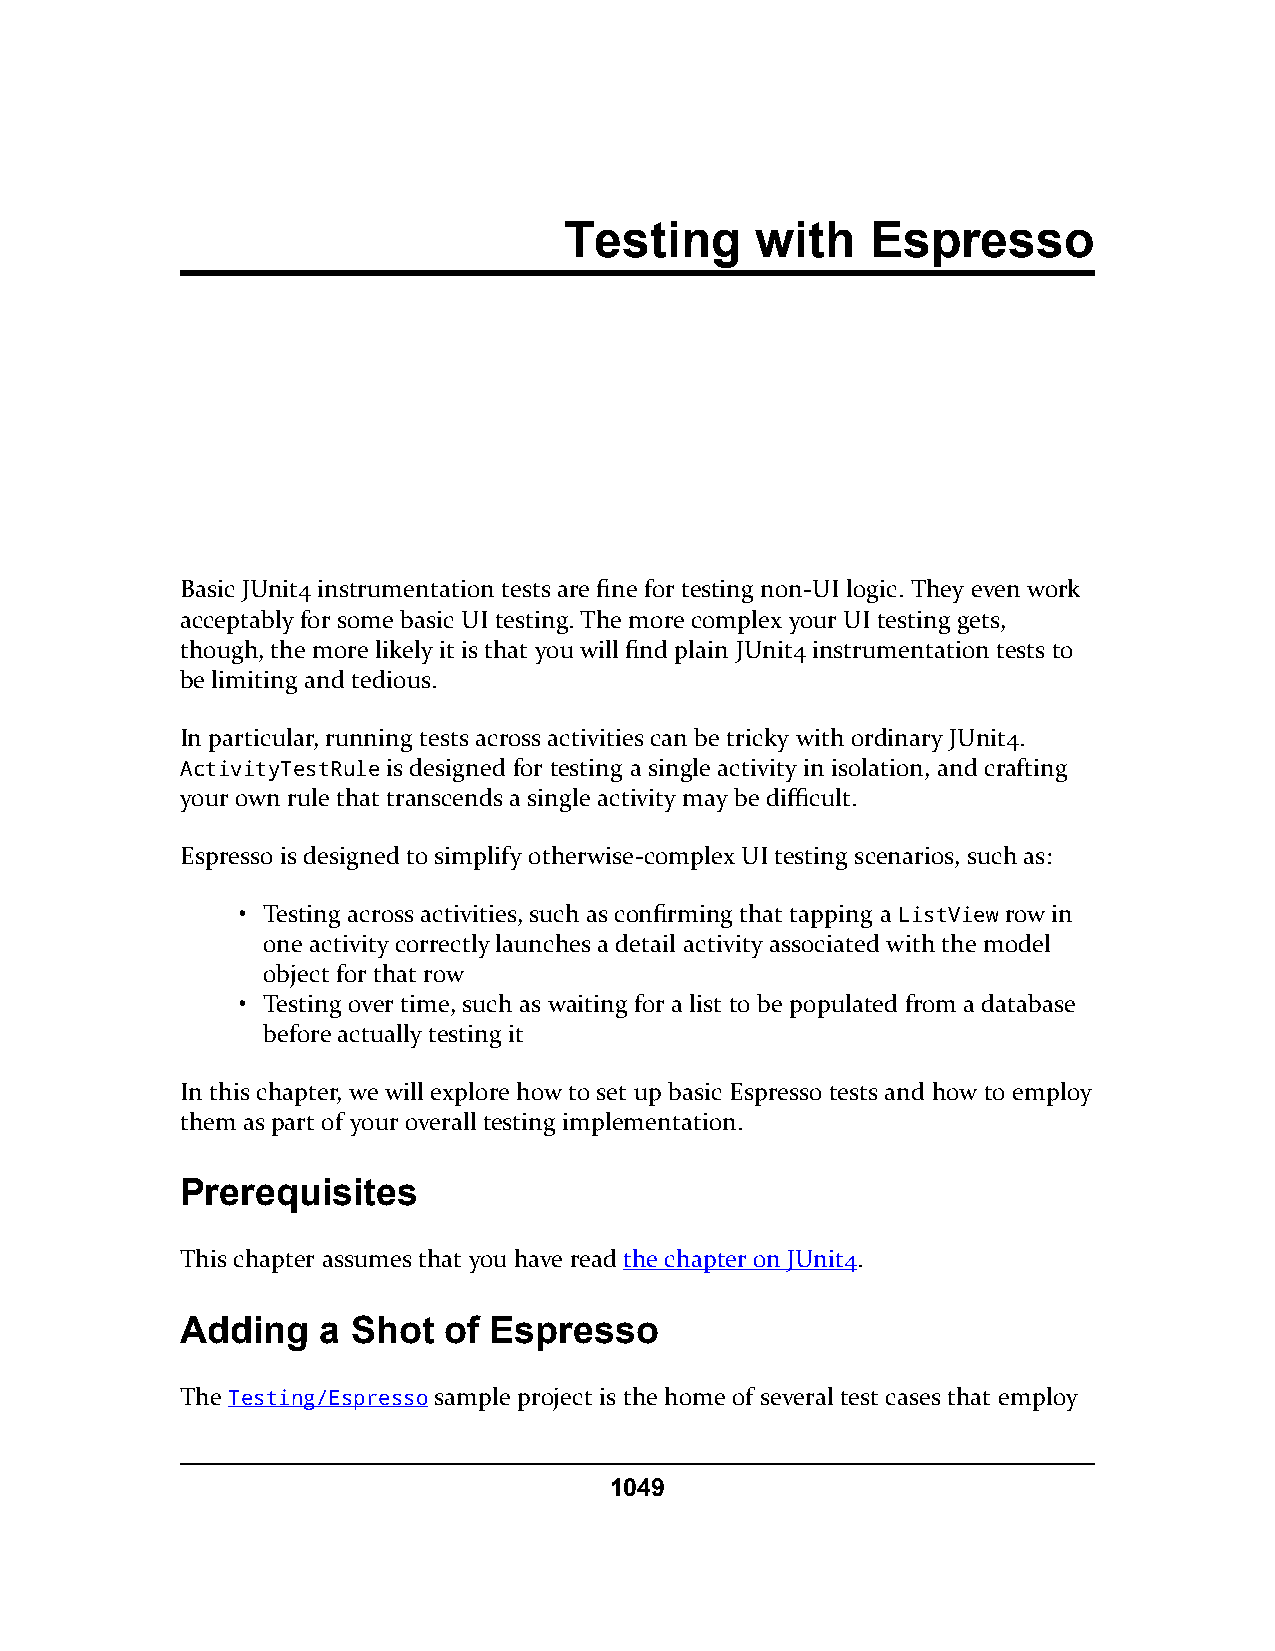
Testing      with    Espresso
 Basic JUnit4 instrumentation tests are fine for testing non-UI logic. They even work
 acceptably for some basic UI testing. The more complex your UI testing gets,
 though, the more likely it is that you will find plain JUnit4 instrumentation tests to
 be limiting and tedious.
 In particular, running tests across activities can be tricky with ordinary JUnit4.
 ActivityTestRule is designed for testing a single activity in isolation, and crafting
 your own rule that transcends a single activity may be difficult.
 Espresso is designed to simplify otherwise-complex UI testing scenarios, such as:
 • Testing across activities, such as confirming that tapping a ListView row in
 one activity correctly launches a detail activity associated with the model
 object for that row
 • Testing over time, such as waiting for a list to be populated from a database
 before actually testing it
 In this chapter, we will explore how to set up basic Espresso tests and how to employ
 them as part of your overall testing implementation.
 Prerequisites
 This chapter assumes that you have read the chapter on JUnit4.
 Adding   a Shot  of Espresso
 The Testing/Espresso sample project is the home of several test cases that employ
 1049